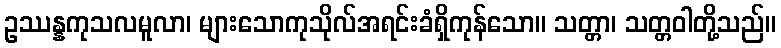
ဥဿန္နကုသလမူလာ၊ များသောကုသိုလ်အရင်းခံရှိကုန်သော။ သတ္တာ၊ သတ္တဝါတို့သည်။